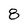
Character: 8